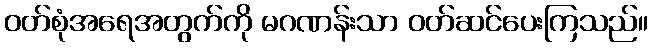
ဝတ်စုံအရေအတွက်ကို မဂဏန်းသာ ဝတ်ဆင်ပေးကြသည်။